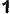
1